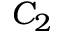
C _ { 2 }